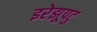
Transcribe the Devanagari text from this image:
इरेझूपटु